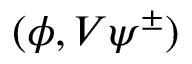
( \phi , V \psi ^ { \pm } )